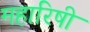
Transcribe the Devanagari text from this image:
महारिषी